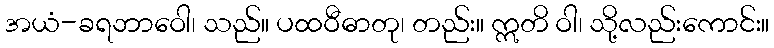
အယံ-ခရဘာဝေါ၊ သည်။ ပထဝီဓာတု၊ တည်း။ ဣတိ ဝါ၊ သို့လည်းကောင်း။